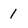
Character: 1